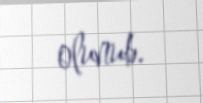
olunub.